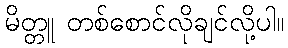
မိတ္တူ တစ်စောင်လိုချင်လို့ပါ။